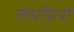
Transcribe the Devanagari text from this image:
लैमप्रियों